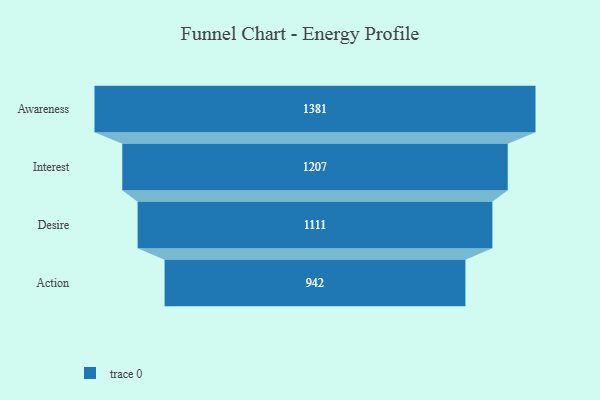
{"axis": {"x": "Stage", "y": "Value"}, "legend": [""], "data": [{"x": "Awareness", "y": 1381.0, "type": ""}, {"x": "Interest", "y": 1207.0, "type": ""}, {"x": "Desire", "y": 1111.0, "type": ""}, {"x": "Action", "y": 942.0, "type": ""}]}